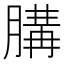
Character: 䐟